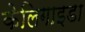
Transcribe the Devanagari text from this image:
केलिगाइडा